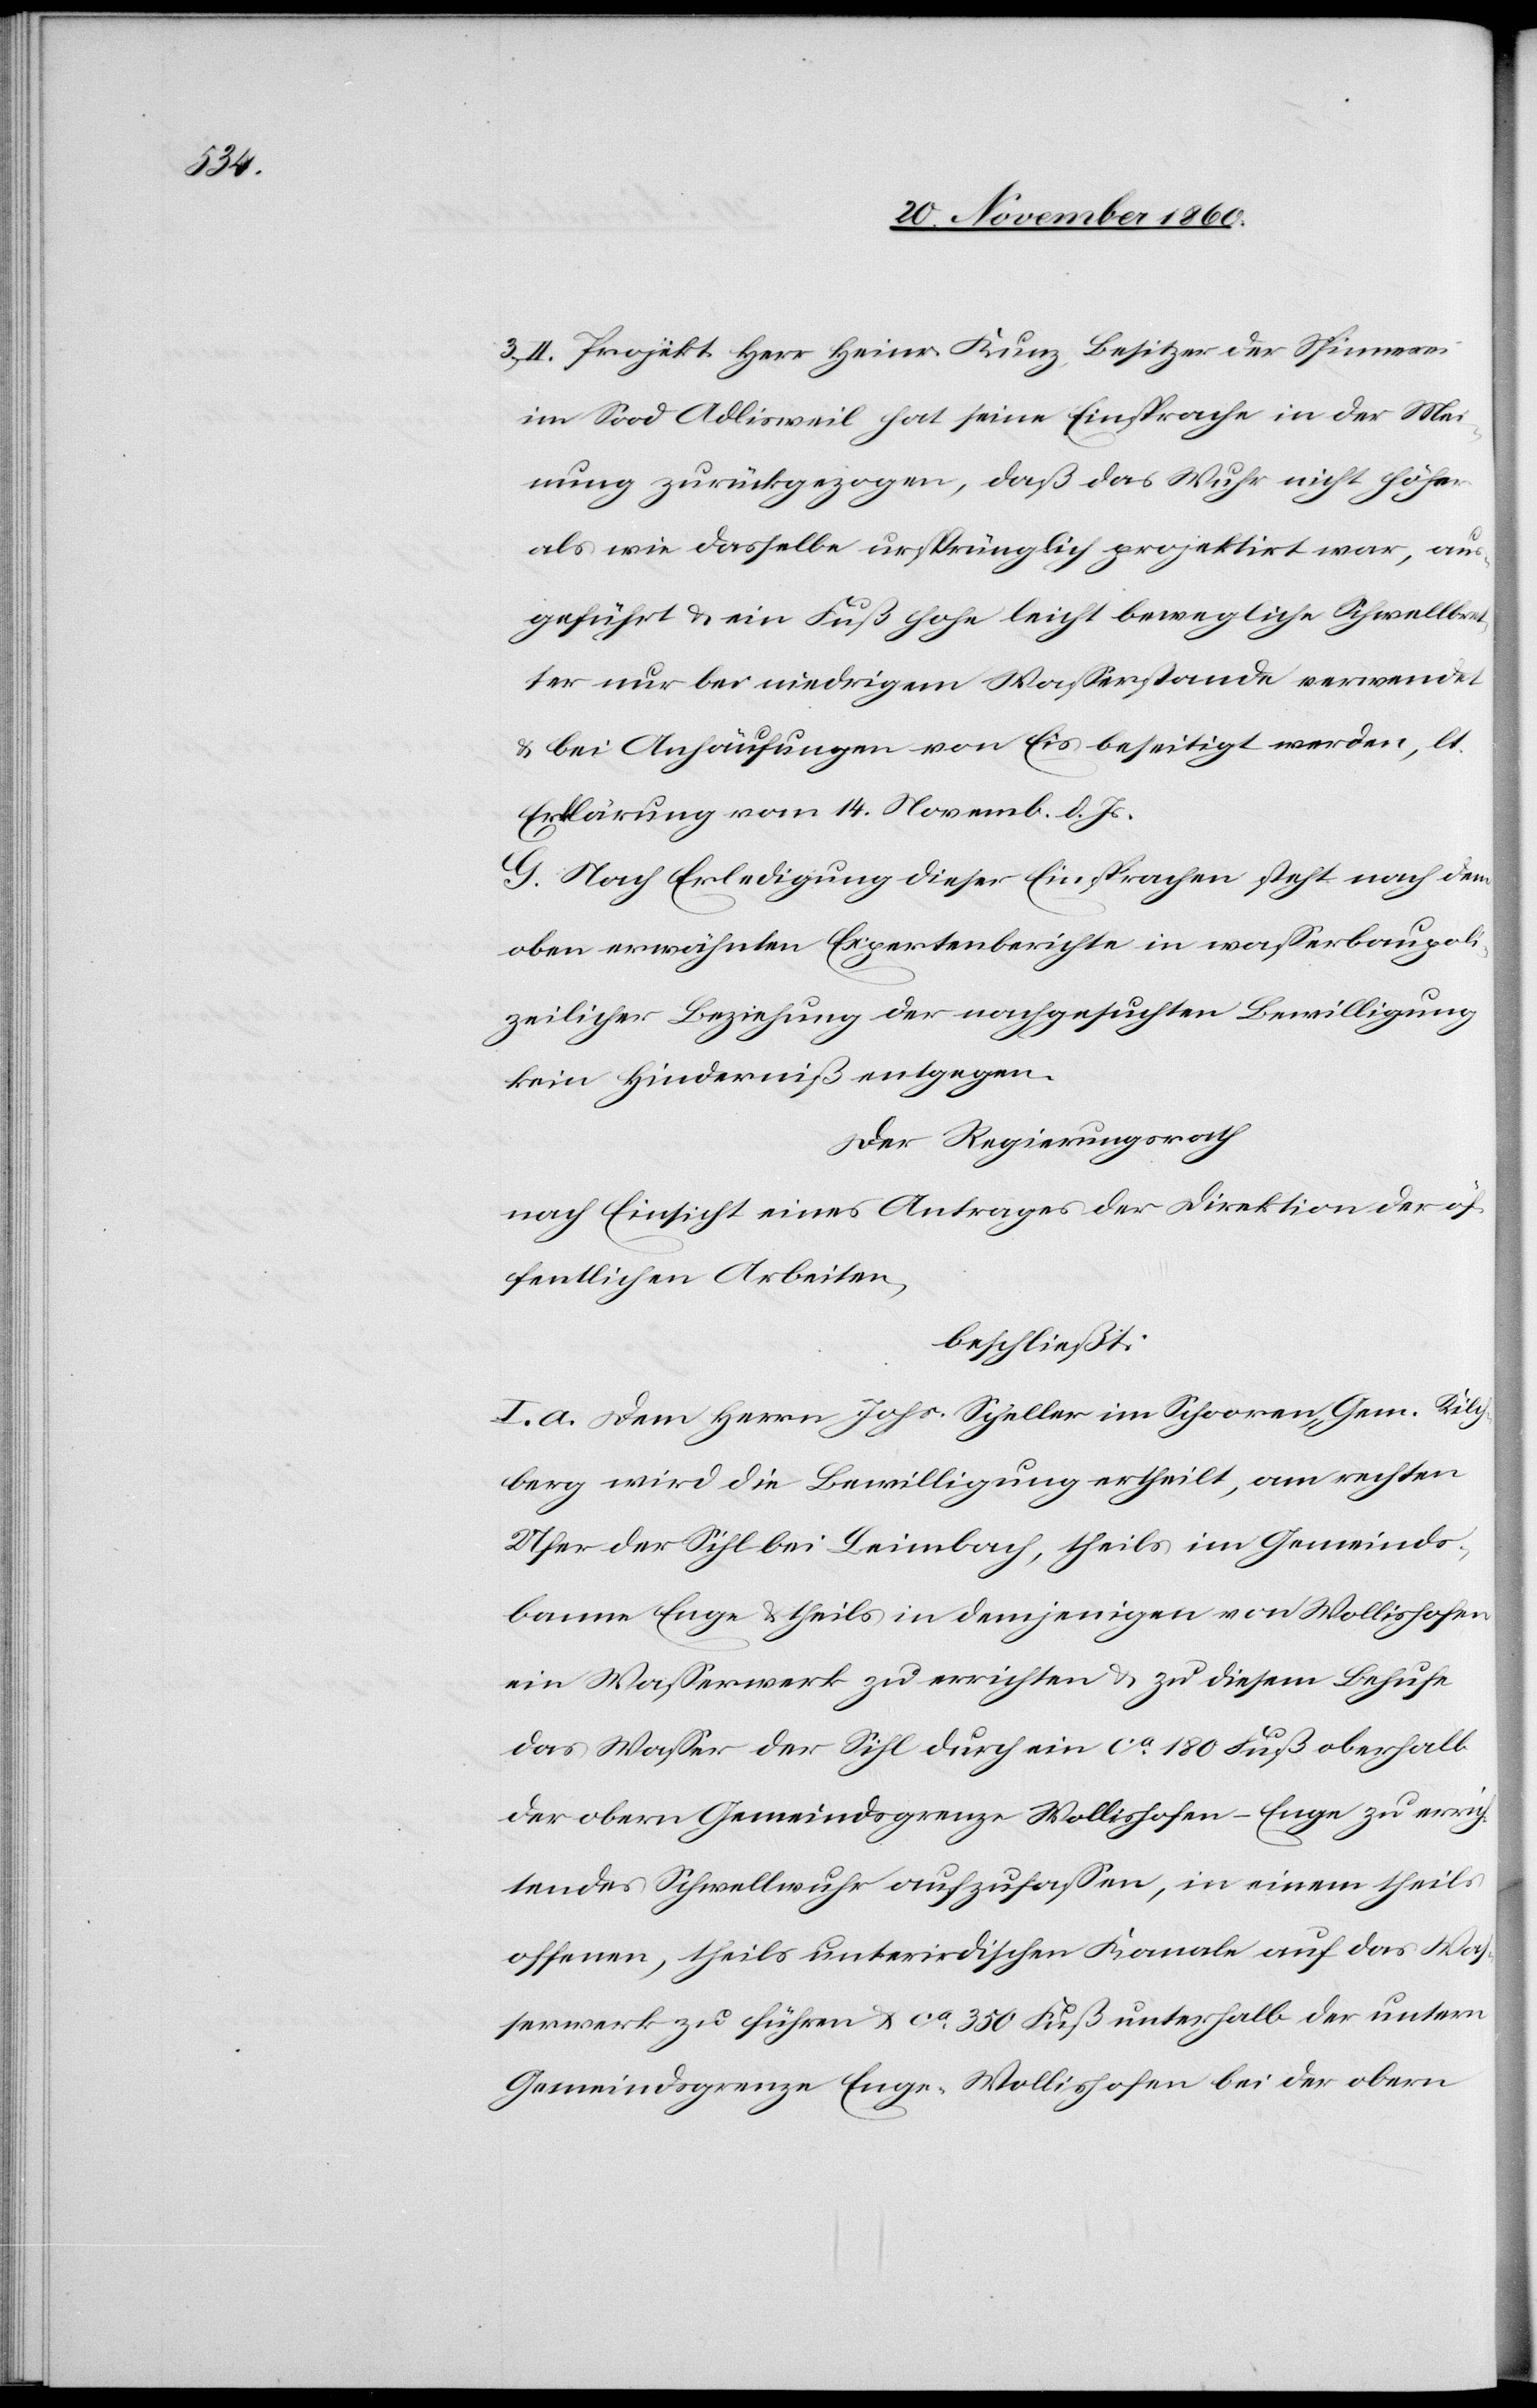
3. II. Projekt. Herr Heinr. Kunz, Besitzer der Spinnerei
im Sood Adlisweil hat seine Einsprache in der Mei¬
nung zurückgezogen, daß das Wuhr nicht höher
als wie dasselbe ursprünglich projektirt war, aus¬
geführt u. ein Fuß hohe leicht bewegliche Schwellbret¬
ter nur bei niedrigem Wasserstande verwendet
u. bei Anhäufungen von Eis beseitigt werden, lt.
Erklärung vom 14. Novemb. d. Js.
G. Nach Erledigung dieser Einsprachen steht nach dem
oben erwähnten Expertenberichte in wasserbaupoli¬
zeilicher Beziehung der nachgesuchten Bewilligung
kein Hinderniß entgegen.
Der Regierungsrath
nach Einsicht eines Antrages der Direktion der öf¬
fentlichen Arbeiten,
beschließt:
I. a. Dem Herrn Johs. Scheller im Schooren, Gem. Kilch¬
berg wird die Bewilligung ertheilt, am rechten
Ufer der Silh bei Leimbach, theils im Gemeinds¬
banne Enge, theils in demjenigen von Wollishofen,
ein Wasserwerk zu errichten u. zu diesem Behufe
das Wasser der Sihl durch ein ca 180 Fuß oberhalb
der obern Gemeindsgrenze Wollishofen-Enge zu errich¬
tendes Schwellwuhr aufzufassen, in einem theils
offenen, theils unterirdischen Kanale auf das Was¬
serwerk zu führen u. ca 350 Fuß unterhalb der untern
Gemeindsgrenze Enge-Wollishofen bei der obern